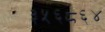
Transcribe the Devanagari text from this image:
३५६८६४